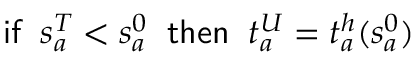
{ \sf i f } \; \; s _ { a } ^ { T } < s _ { a } ^ { 0 } \; \; { \sf t h e n } \; \; t _ { a } ^ { U } = t _ { a } ^ { h } ( s _ { a } ^ { 0 } )